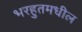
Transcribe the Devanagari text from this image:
भरहुतमधील